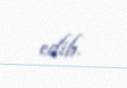
edib.